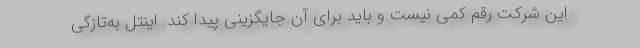
این شرکت رقم کمی نیست و باید برای آن جایگزینی پیدا کند. اینتل به‌تازگی